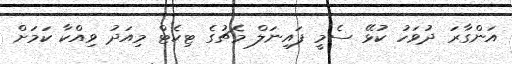
އަންގާރަ ދުވަހު ކުޅޭ ސެމީ ފައިނަލް މެޗުގެ ޓިކެޓް މިއަދު ވިއްކާ ކަމަށް